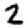
Digit: 2